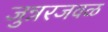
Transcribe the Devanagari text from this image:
जुन्नरजवळ